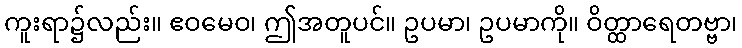
ကူးရာ၌လည်း။ ဧဝမေဝ၊ ဤအတူပင်။ ဥပမာ၊ ဥပမာကို။ ဝိတ္ထာရေတဗ္ဗာ၊